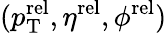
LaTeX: (p_{\mathrm{T}}^{\mathrm{rel}},\eta^{\mathrm{rel}},\phi^{\mathrm{rel}})